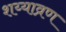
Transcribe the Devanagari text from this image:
शय्याव्रण